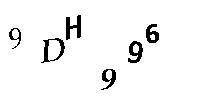
9DH996